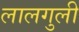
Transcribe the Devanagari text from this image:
लालगुली